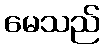
မေသည်